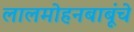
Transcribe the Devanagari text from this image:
लालमोहनबाबूंचे